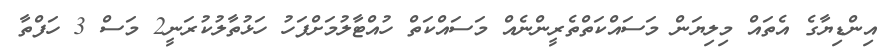
އިންޑިޔާގެ އެތައް މިލިޔަން މަސައްކަތްތެރީންނެއް މަސައްކަތް ހުއްޓާލުމަށްފަހު ހަޅުތާލުކުރަނީ2 މަސް 3 ހަފްތާ